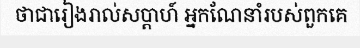
ថាជារៀងរាល់សប្តាហ៍ អ្នកណែនាំរបស់ពួកគេ